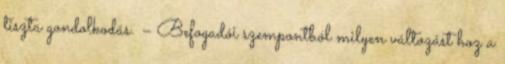
tiszta gondolkodás. – Befogadói szempontból milyen változást hoz a